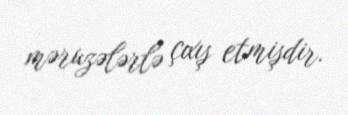
məruzələrlə çıxış etmişdir.